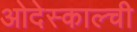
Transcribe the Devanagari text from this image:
ओदेस्काल्ची